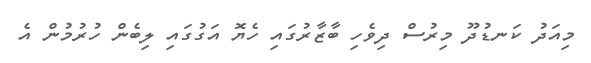
މިއަދު ކަނޑުދޫ މިރުސް ދިވެހި ބާޒާރުގައި ހެޔޮ އަގުގައި ލިބެން ހުރުމުން އެ